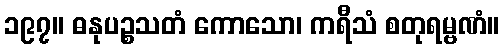
၁၉၇။ ဓနုပဉ္စသတံ ကောသော၊ ကရီသံ စတုရမ္ဗဏံ။